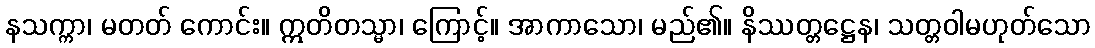
နသက္ကာ၊ မတတ် ကောင်း။ ဣတိတသ္မာ၊ ကြောင့်။ အာကာသော၊ မည်၏။ နိဿတ္တဋ္ဌေန၊ သတ္တဝါမဟုတ်သော